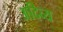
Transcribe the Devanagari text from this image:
अदिव्य